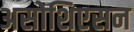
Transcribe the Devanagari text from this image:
असोशिएसन